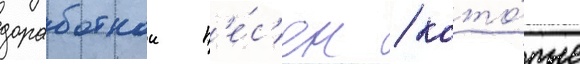
доработкои п'е́с'ен / кото́рые